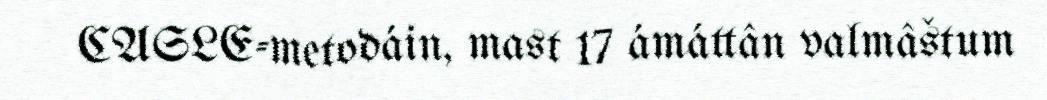
CASLE-metodáin, mast 17 ámáttân valmâštum